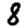
Digit: 8